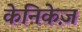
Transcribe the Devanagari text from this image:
केनिकेज़